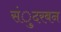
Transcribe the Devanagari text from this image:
संुदरबन